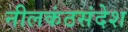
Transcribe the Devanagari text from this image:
नीलकंठसंदेश